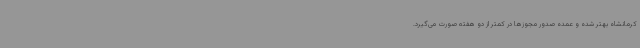
کرمانشاه بهتر شده و عمده صدور مجوزها در کمتر از دو هفته صورت می‌گیرد.